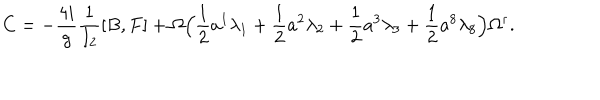
C = - \frac { 4 i } { g } \frac { 1 } { I _ { 2 } } [ B , F ] + \Omega \Bigl ( \frac { 1 } { 2 } a ^ { 1 } \lambda _ { 1 } + \frac { 1 } { 2 } a ^ { 2 } \lambda _ { 2 } + \frac { 1 } { 2 } a ^ { 3 } \lambda _ { 3 } + \frac { 1 } { 2 } a ^ { 8 } \lambda _ { 8 } \Bigr ) \Omega ^ { \dagger } .